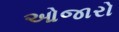
ઓજારો